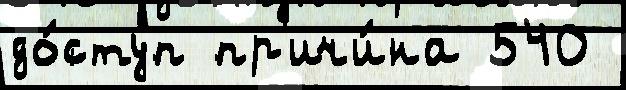
до́ступ пр'ичи́на 540